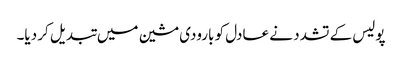
پولیس کے تشدد نے عادل کو بارودی مشین میں تبدیل کر دیا۔